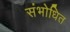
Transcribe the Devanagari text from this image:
संभोधित